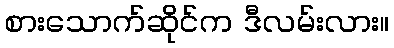
စားသောက်ဆိုင်က ဒီလမ်းလား။